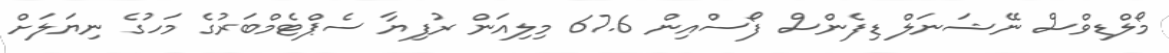
މޯލްޑިވްސް ނޭޝަނަލް ޑިފެންސް ފޯސްއިން 67.6 މިލިއަން ރުފިޔާ ސެޕްޓެމްބަރުގެ މަހުގެ ނިޔަލަށް